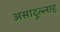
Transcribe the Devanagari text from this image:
असादुल्लाह